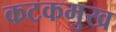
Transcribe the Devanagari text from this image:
कटकमुख